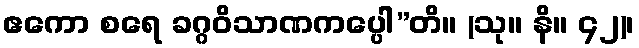
ဧကော စရေ ခဂ္ဂဝိသာဏကပ္ပေါ”တိ။ (သု။ နိ။ ၄၂)၊